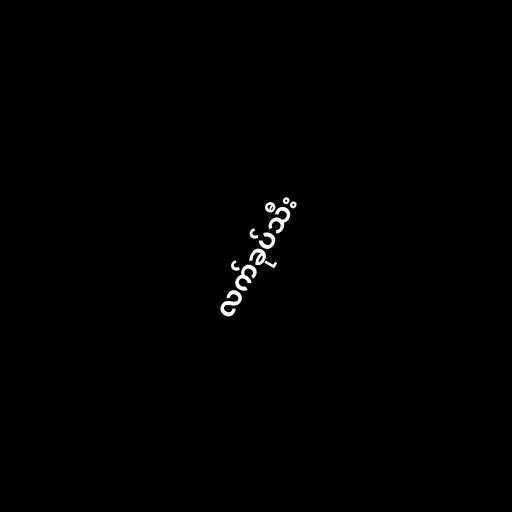
လက်ခုပ်သီး